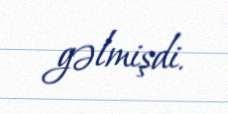
gəlmişdi.